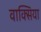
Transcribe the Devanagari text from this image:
वाक्सिया